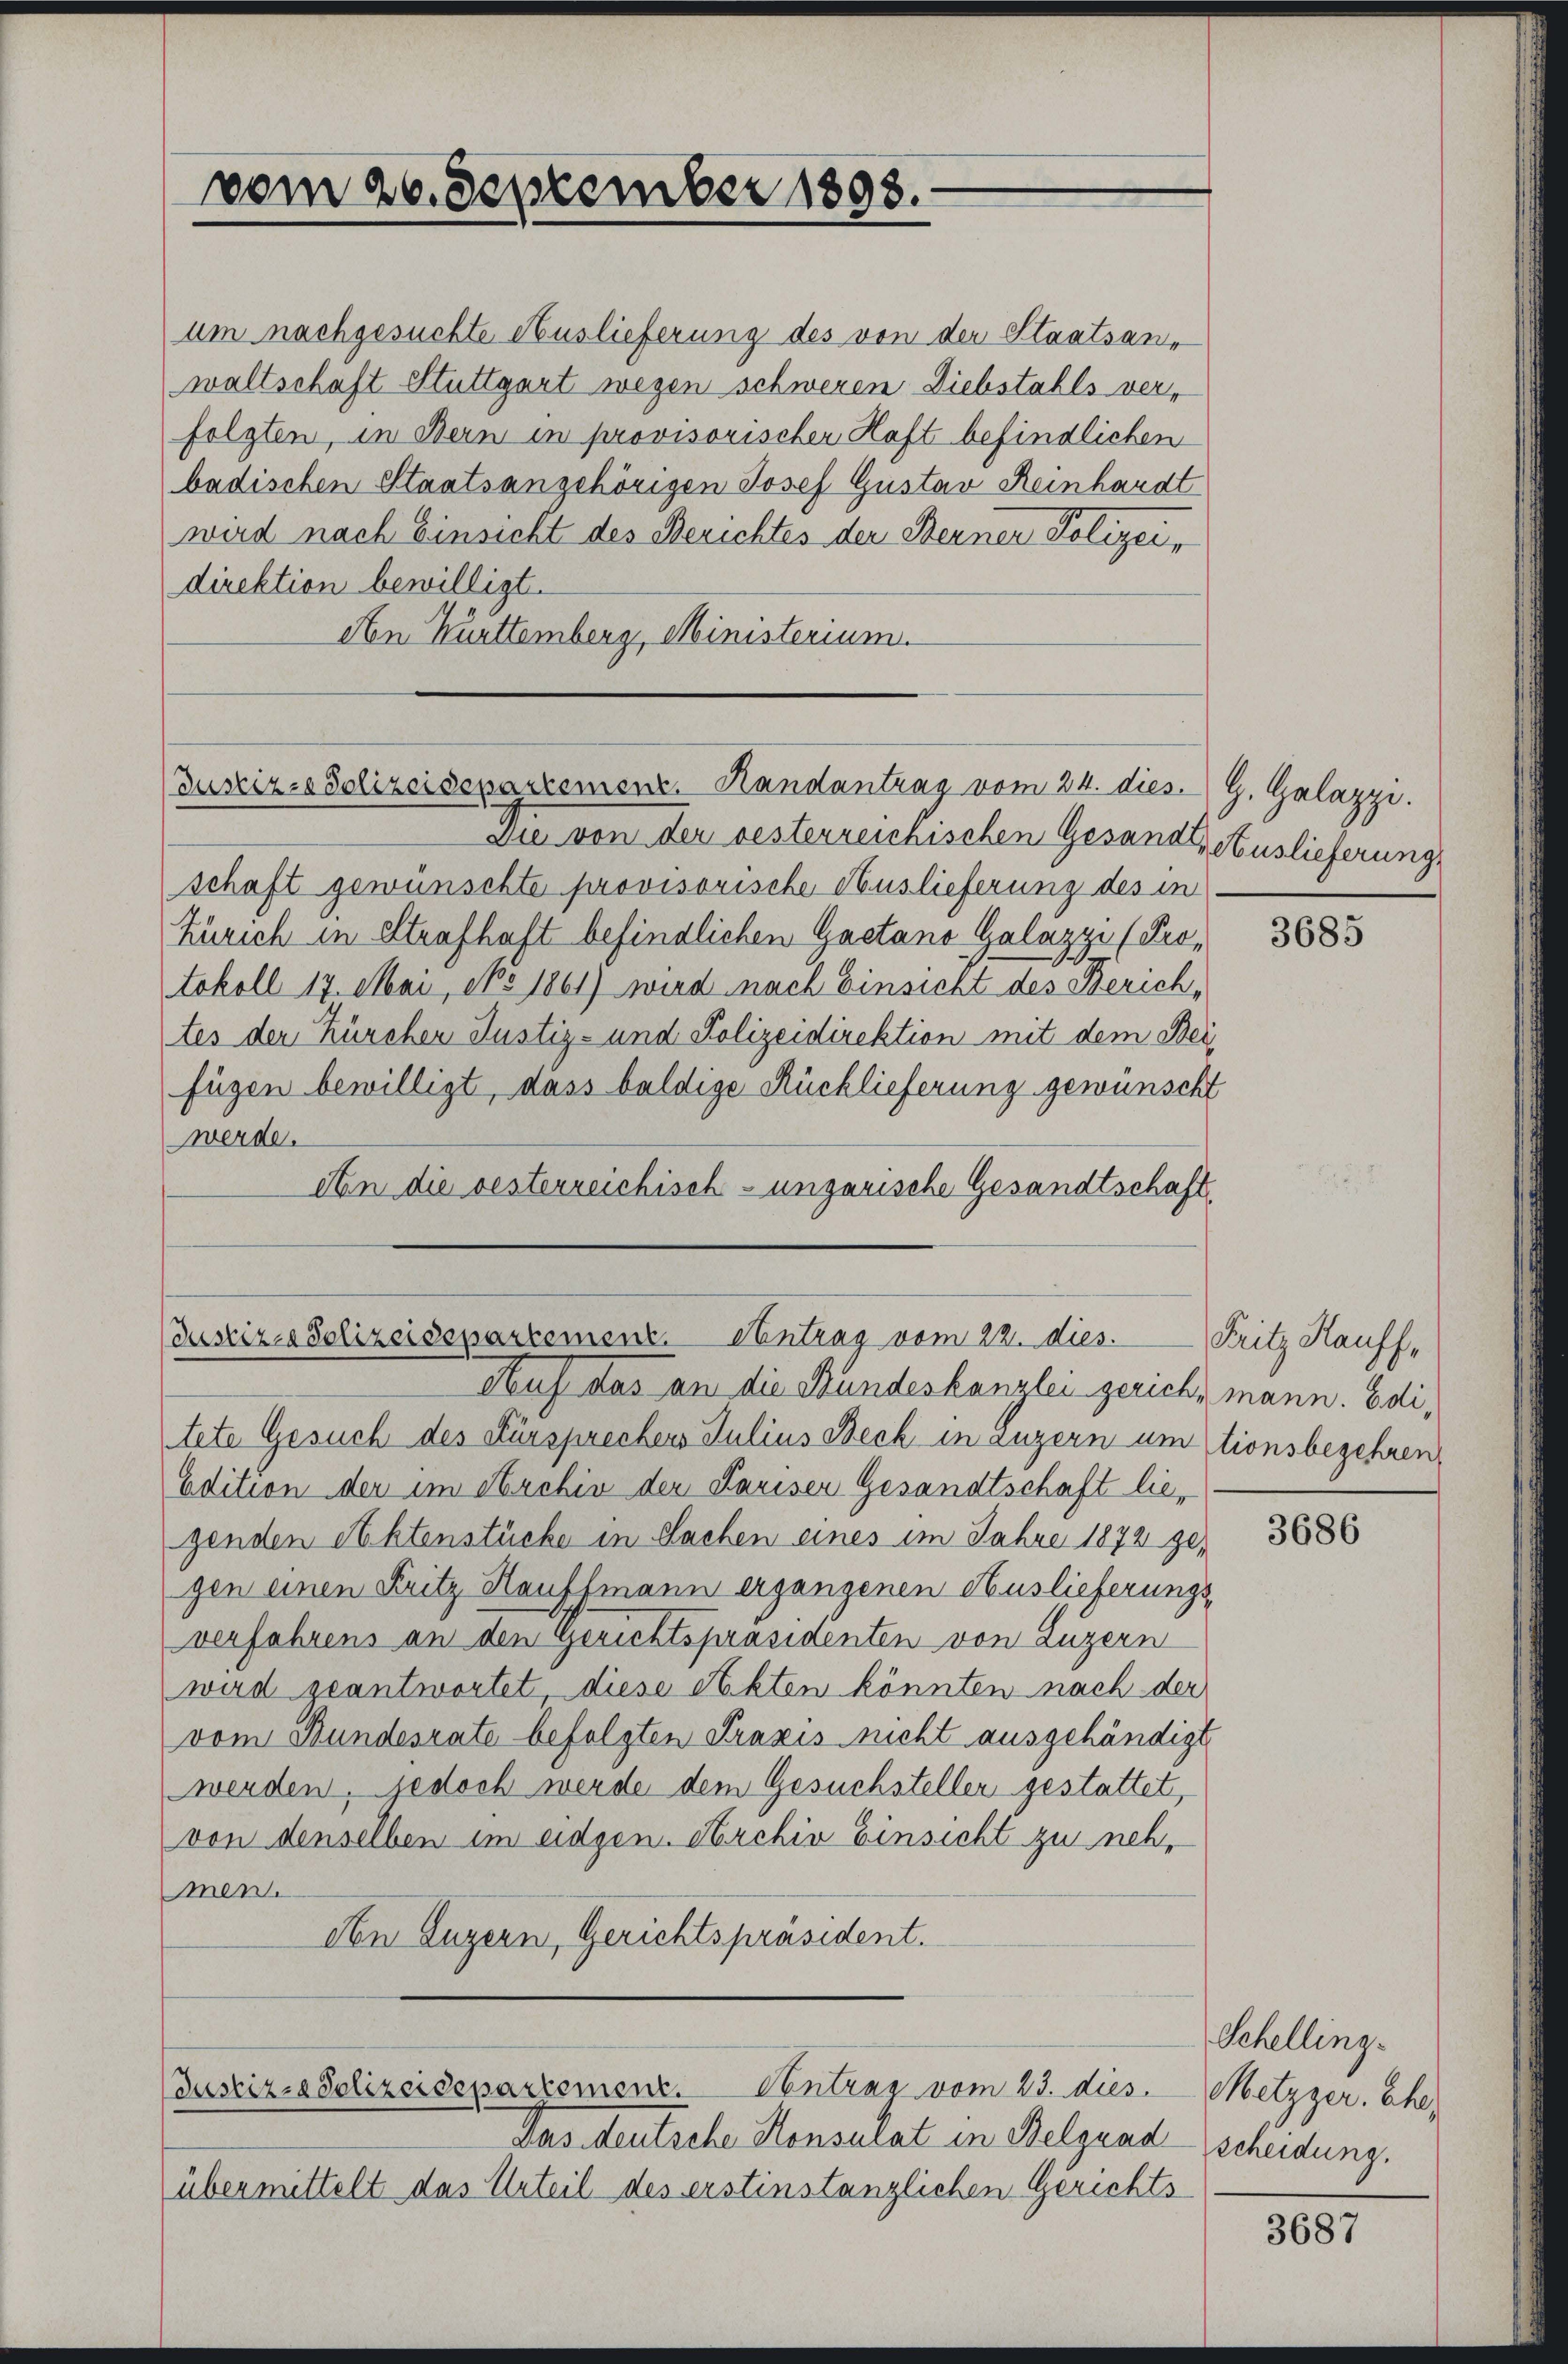
vom 20. September 1893.

um nachgesuchte Auslieferung des von der Staatsans
waltschaft Stuttgart wegen schweren Diebstahls verfolgten, in Bern in provisorischer Haft befindlichen
badischen Staatsangehörigen Josef Gustav Reinhardt
wird nach Einsicht des Berichtes der Berner Polizei,
direktion bewilligt.
Aen Kurttemberg, Ministerium

Justiz-Polizeisepartement. Handantrag vom 24. dies. G. Galazzi.

Die von der besterreichischen Gesandt, Auslieferung,
schaft gewünschte provisorische Auslieferung des in
Zürich in Strafhaft befindlichen Gaetano Galazzi (Protokoll 17. Mai, No 1861) wird nach Einsicht des Zürichtes der Kürcher Justiz- und Polizeidirektion mit dem Bei
fügen bewilligt, dass baldige Rücklieferung gewünscht
werde.
An die vesterreichisch-ungarische Gesandtschaft

Justiz- Polizeisepartement. Antrag vom 22. dies
Auf das an die Bundeskanzlei gerich, mann. Edi¬

tete Gesuch des Fürsprechens Julius Beck in Luzern um stionsbegehren,
Adition der im Archin der Pariser Gesandtschaft liegenden Aktenstücke in Sachen eines im Jahre 1872 zu
gen einen Fritz Hauffmann ergangenen Auslieferungs-
verfahrens an den Gerichtspräsidenten von Luzern
wird geantwortet, diese Akten könnten nach der
vom Bundesrate befolgten Praxis nicht ausgehändigt
werden, jedoch werde dem Gesuchsteller gestattet,
von denselben im eidgen. Archin Einsicht zu nehmen.
An Luzern, Gerichtspräsident.

Justiz-Polizeidepartement. Contrag vom 23. dies

Das deutsche Konsulat in Belgrad
übermittelt das Urteil des erstinstanzlichen Gerichts

3685

Fritz Hauff,

3686

Schelling.
Metzger, Ch
scheidung.

3687